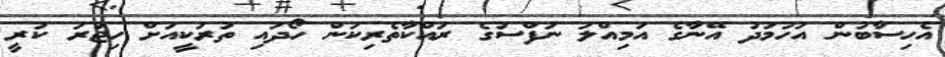
އެހިސާބުން އަހުމަދު އޭނާގެ އަމިއްލަ ނަފްސުގެ ރައްކާތެރިކަން ހޯދައި ތުރުކީއަށް ހިޖުރަ ކުރީ